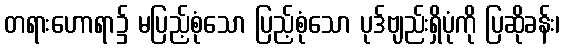
တရားဟောရာ၌ မပြည့်စုံသော ပြည့်စုံသော ပုဒ်ဗျည်းရှိပုံကို ပြဆိုခန်း၊